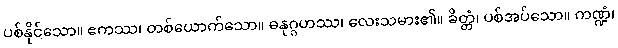
ပစ်နိုင်သော။ ဧကဿ၊ တစ်ယောက်သော။ ဓနုဂ္ဂဟဿ၊ လေးသမား၏။ ခိတ္တံ၊ ပစ်အပ်သော။ ကဏ္ဍံ၊